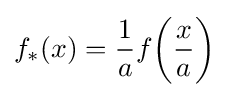
f_{*}(x)={\frac {1}{a}}f{\bigg (}{\frac {x}{a}}{\bigg )}